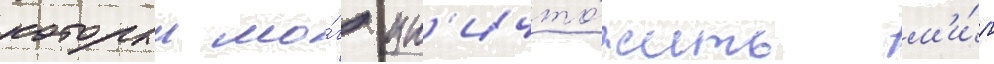
которыи мо́г ун'ичто́жить м'и́р